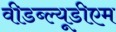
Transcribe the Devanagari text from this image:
वीडब्ल्यूडीएम